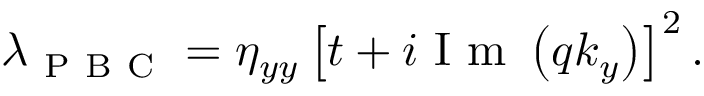
\begin{array} { r } { \lambda _ { \mathrm { ~ P ~ B ~ C ~ } } = \eta _ { y y } \left[ t + i \mathrm { ~ I ~ m ~ } \left( q k _ { y } \right) \right] ^ { 2 } . } \end{array}